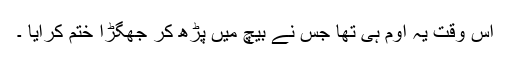
اس وقت یہ اوم ہی تھا جس نے بیچ میں پڑھ کر جھگڑا ختم کرایا ۔